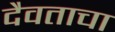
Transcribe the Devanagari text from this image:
दैवताचा